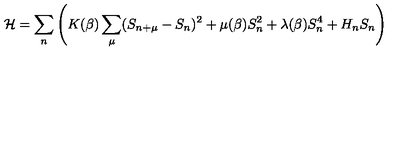
{ \cal H } = \sum _ { n } \left( K ( \beta ) \sum _ { \mu } ( S _ { n + \mu } - S _ { n } ) ^ { 2 } + \mu ( \beta ) S _ { n } ^ { 2 } + \lambda ( \beta ) S _ { n } ^ { 4 } + H _ { n } S _ { n } \right)